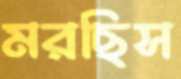
মরছিস